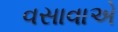
વસાવાએ